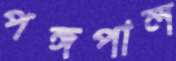
পঙ্গপাল